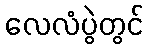
လေလံပွဲတွင်